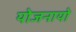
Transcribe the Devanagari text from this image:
योजनायो